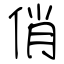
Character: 俏